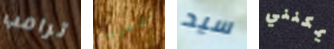
ترامب أشكرك سيد يمكنني